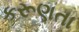
કરૂણતા